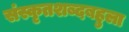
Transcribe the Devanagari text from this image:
संस्कृतशब्दबहुला